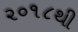
૨૦૧૮થી